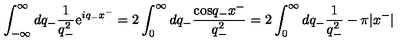
\int _ { - \infty } ^ { \infty } d q _ { - } \frac { 1 } { q _ { - } ^ { 2 } } \mathrm { e } ^ { i q _ { - } x ^ { - } } = 2 \int _ { 0 } ^ { \infty } d q _ { - } \frac { \mathrm { c o s } q _ { - } x ^ { - } } { q _ { - } ^ { 2 } } = 2 \int _ { 0 } ^ { \infty } d q _ { - } \frac { 1 } { q _ { - } ^ { 2 } } - { \pi } | x ^ { - } |